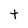
Character: t